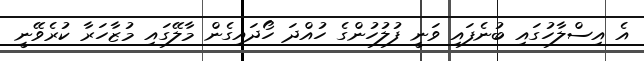
އެ އިސްލާހުގައި ބުނެފައި ވަނީ ފުލުހުންގެ ހުއްދަ ހޯދައިގެން މާލޭގައި މުޒާހަރާ ކުރެވޭނީ